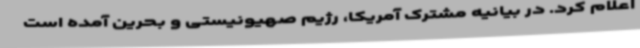
اعلام کرد. در بیانیه مشترک آمریکا، رژیم صهیونیستی و بحرین آمده است